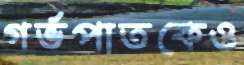
গর্ভপাতকেও